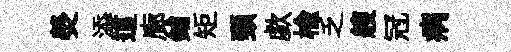
熒添這廊鋪矩頸歔榆乏艘冠病